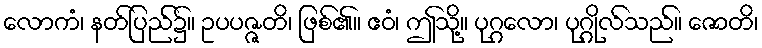
လောကံ၊ နတ်ပြည်၌။ ဥပပဇ္ဇတိ၊ ဖြစ်၏။ ဧဝံ၊ ဤသို့။ ပုဂ္ဂလော၊ ပုဂ္ဂိုလ်သည်။ ဇောတိ၊